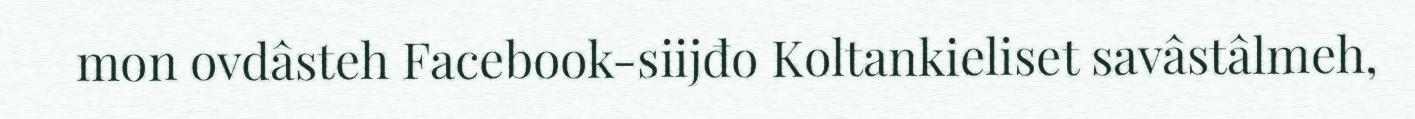
mon ovdâsteh Facebook-siijđo Koltankieliset savâstâlmeh,